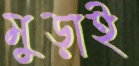
মুড়াই